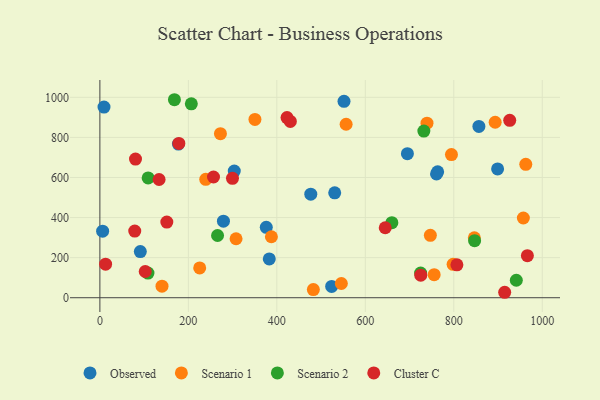
{"axis": {"x": "Study Hours", "y": "Rating"}, "legend": ["Cluster C", "Observed", "Scenario 1", "Scenario 2"], "data": [{"x": "279.3", "y": 382.1, "type": "Observed"}, {"x": "856.7", "y": 854.6, "type": "Observed"}, {"x": "551.8", "y": 979.9, "type": "Observed"}, {"x": "476.7", "y": 516.6, "type": "Observed"}, {"x": "523.9", "y": 56.5, "type": "Observed"}, {"x": "9.3", "y": 951.3, "type": "Observed"}, {"x": "695.1", "y": 718.9, "type": "Observed"}, {"x": "177.5", "y": 766.9, "type": "Observed"}, {"x": "763.5", "y": 628.2, "type": "Observed"}, {"x": "6.2", "y": 332.0, "type": "Observed"}, {"x": "760.9", "y": 617.6, "type": "Observed"}, {"x": "91.4", "y": 230.1, "type": "Observed"}, {"x": "899.0", "y": 642.7, "type": "Observed"}, {"x": "530.8", "y": 523.6, "type": "Observed"}, {"x": "376.1", "y": 351.1, "type": "Observed"}, {"x": "303.8", "y": 632.1, "type": "Observed"}, {"x": "382.9", "y": 193.5, "type": "Observed"}, {"x": "794.7", "y": 714.2, "type": "Scenario 1"}, {"x": "140.4", "y": 57.7, "type": "Scenario 1"}, {"x": "272.5", "y": 818.8, "type": "Scenario 1"}, {"x": "846.4", "y": 299.1, "type": "Scenario 1"}, {"x": "482.5", "y": 40.9, "type": "Scenario 1"}, {"x": "307.8", "y": 294.3, "type": "Scenario 1"}, {"x": "545.8", "y": 70.9, "type": "Scenario 1"}, {"x": "739.4", "y": 871.2, "type": "Scenario 1"}, {"x": "387.7", "y": 304.2, "type": "Scenario 1"}, {"x": "556.6", "y": 865.5, "type": "Scenario 1"}, {"x": "798.4", "y": 166.7, "type": "Scenario 1"}, {"x": "755.6", "y": 115.0, "type": "Scenario 1"}, {"x": "225.6", "y": 148.7, "type": "Scenario 1"}, {"x": "957.2", "y": 397.8, "type": "Scenario 1"}, {"x": "239.3", "y": 591.0, "type": "Scenario 1"}, {"x": "893.5", "y": 875.7, "type": "Scenario 1"}, {"x": "350.5", "y": 889.7, "type": "Scenario 1"}, {"x": "962.7", "y": 665.7, "type": "Scenario 1"}, {"x": "747.0", "y": 311.4, "type": "Scenario 1"}, {"x": "108.7", "y": 122.8, "type": "Scenario 2"}, {"x": "847.0", "y": 284.9, "type": "Scenario 2"}, {"x": "725.0", "y": 122.9, "type": "Scenario 2"}, {"x": "206.7", "y": 967.6, "type": "Scenario 2"}, {"x": "941.3", "y": 87.2, "type": "Scenario 2"}, {"x": "732.3", "y": 831.4, "type": "Scenario 2"}, {"x": "168.5", "y": 988.0, "type": "Scenario 2"}, {"x": "660.0", "y": 374.4, "type": "Scenario 2"}, {"x": "266.0", "y": 310.5, "type": "Scenario 2"}, {"x": "109.1", "y": 597.9, "type": "Scenario 2"}, {"x": "926.4", "y": 885.3, "type": "Cluster C"}, {"x": "78.8", "y": 332.7, "type": "Cluster C"}, {"x": "423.0", "y": 898.7, "type": "Cluster C"}, {"x": "80.5", "y": 691.9, "type": "Cluster C"}, {"x": "430.5", "y": 879.9, "type": "Cluster C"}, {"x": "807.0", "y": 164.1, "type": "Cluster C"}, {"x": "178.5", "y": 770.1, "type": "Cluster C"}, {"x": "151.3", "y": 377.5, "type": "Cluster C"}, {"x": "915.0", "y": 27.2, "type": "Cluster C"}, {"x": "299.7", "y": 595.8, "type": "Cluster C"}, {"x": "133.8", "y": 590.0, "type": "Cluster C"}, {"x": "102.5", "y": 130.8, "type": "Cluster C"}, {"x": "12.9", "y": 167.4, "type": "Cluster C"}, {"x": "645.0", "y": 349.2, "type": "Cluster C"}, {"x": "725.3", "y": 112.6, "type": "Cluster C"}, {"x": "256.8", "y": 602.4, "type": "Cluster C"}, {"x": "966.3", "y": 209.9, "type": "Cluster C"}]}